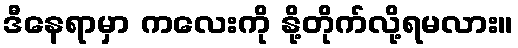
ဒီနေရာမှာ ကလေးကို နို့တိုက်လို့ရမလား။